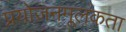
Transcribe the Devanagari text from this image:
प्रयोजनमूलकता